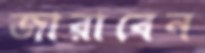
জারাবেন